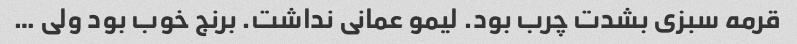
قرمه سبزی بشدت چرب بود. لیمو عمانی نداشت. برنج خوب بود ولی …